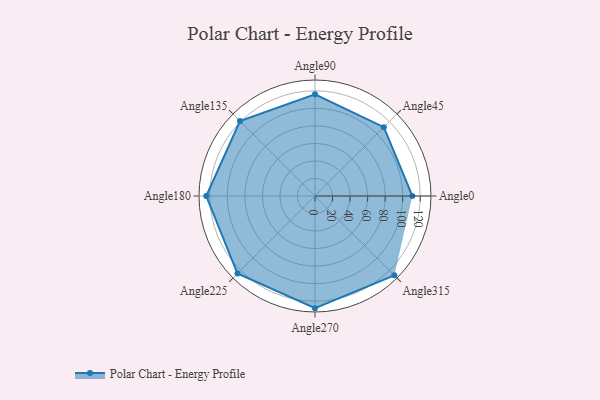
{"axis": {"x": "Angle", "y": "Radius"}, "legend": [""], "data": [{"x": "Angle0", "y": 111.0, "type": ""}, {"x": "Angle45", "y": 111.0, "type": ""}, {"x": "Angle90", "y": 116.0, "type": ""}, {"x": "Angle135", "y": 121.0, "type": ""}, {"x": "Angle180", "y": 124.0, "type": ""}, {"x": "Angle225", "y": 125.0, "type": ""}, {"x": "Angle270", "y": 128.0, "type": ""}, {"x": "Angle315", "y": 128.0, "type": ""}]}